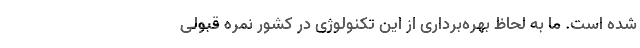
شده است. ما به لحاظ بهره‌برداری از این تكنولوژی در كشور نمره قبولی